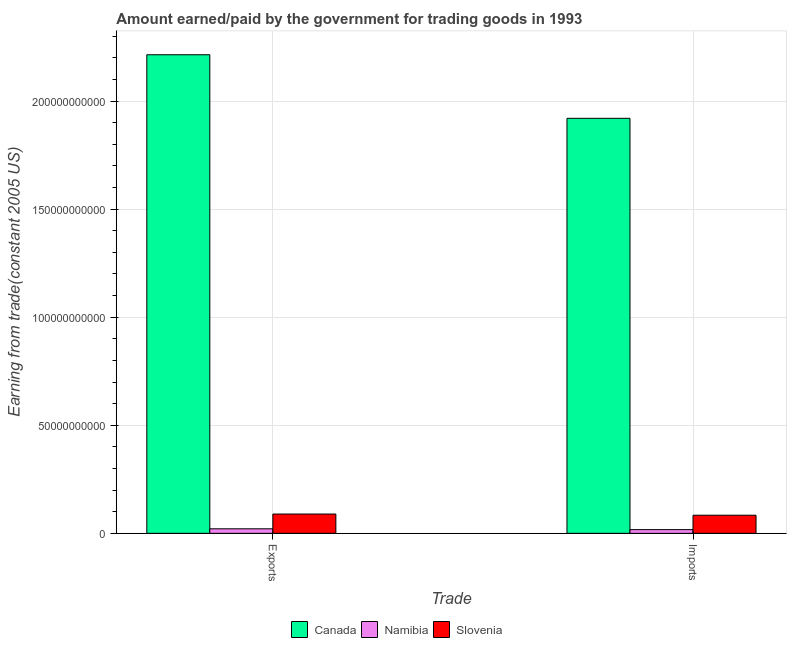
| Trade | Canada | Namibia | Slovenia |
 | --- | --- | --- | --- |
 | Exports | 2.21e+11 | 2.09e+09 | 8.93e+09 |
 | Imports | 1.92e+11 | 1.71e+09 | 8.38e+09 |